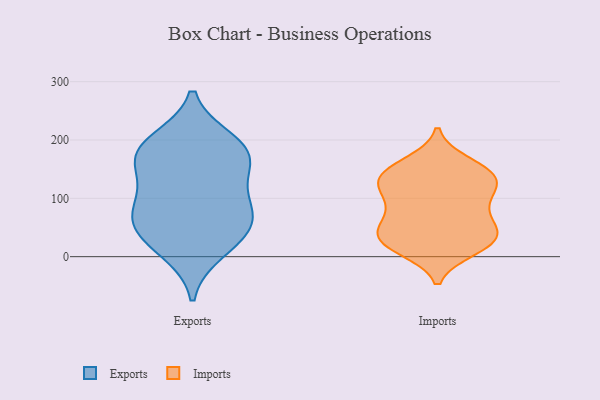
{"axis": {"x": "Satisfaction Score", "y": "Value"}, "legend": ["Exports", "Imports"], "data": [{"x": "", "y": 198, "type": "Exports"}, {"x": "", "y": 187, "type": "Exports"}, {"x": "", "y": 67, "type": "Exports"}, {"x": "", "y": 34, "type": "Exports"}, {"x": "", "y": 78, "type": "Exports"}, {"x": "", "y": 115, "type": "Exports"}, {"x": "", "y": 82, "type": "Exports"}, {"x": "", "y": 10, "type": "Exports"}, {"x": "", "y": 180, "type": "Exports"}, {"x": "", "y": 43, "type": "Exports"}, {"x": "", "y": 162, "type": "Exports"}, {"x": "", "y": 161, "type": "Exports"}, {"x": "", "y": 160, "type": "Imports"}, {"x": "", "y": 33, "type": "Imports"}, {"x": "", "y": 44, "type": "Imports"}, {"x": "", "y": 115, "type": "Imports"}, {"x": "", "y": 139, "type": "Imports"}, {"x": "", "y": 13, "type": "Imports"}, {"x": "", "y": 36, "type": "Imports"}, {"x": "", "y": 68, "type": "Imports"}, {"x": "", "y": 140, "type": "Imports"}, {"x": "", "y": 17, "type": "Imports"}, {"x": "", "y": 152, "type": "Imports"}, {"x": "", "y": 89, "type": "Imports"}, {"x": "", "y": 119, "type": "Imports"}, {"x": "", "y": 92, "type": "Imports"}, {"x": "", "y": 138, "type": "Imports"}, {"x": "", "y": 60, "type": "Imports"}, {"x": "", "y": 126, "type": "Imports"}, {"x": "", "y": 32, "type": "Imports"}, {"x": "", "y": 23, "type": "Imports"}]}